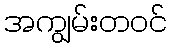
အကျွမ်းတဝင်